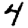
Digit: 4